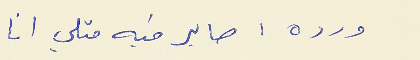
ورده : صاير فيه متلي انا